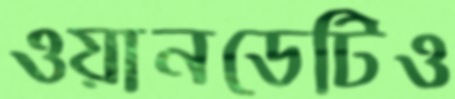
ওয়ানডেটিও